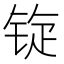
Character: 𫓷